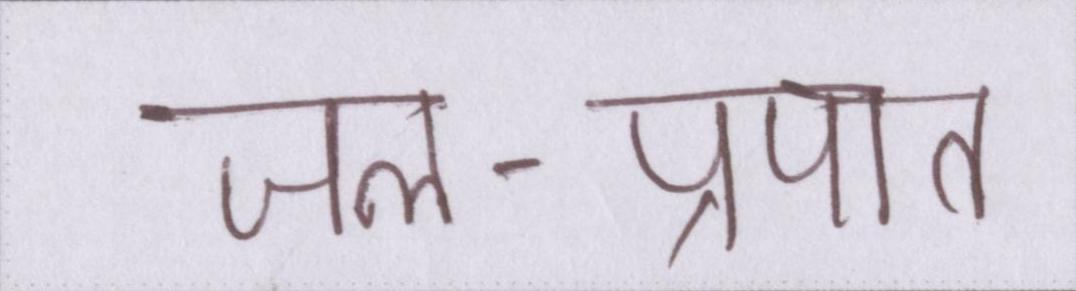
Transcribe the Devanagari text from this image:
जल-प्रपात